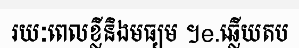
រយៈពេលខ្លីនិងមធ្យម ។e.ឆ្លើយតប